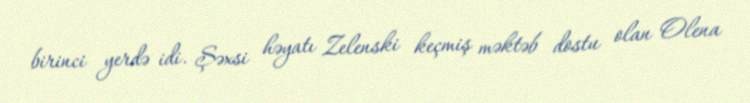
birinci yerdə idi. Şəxsi həyatı Zelenski keçmiş məktəb dostu olan Olena